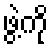
ဖွဲ့ကို